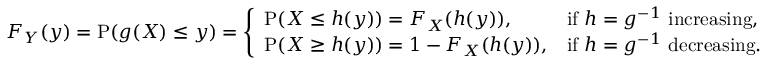
F _ { Y } ( y ) = \operatorname { P } ( g ( X ) \leq y ) = { \left\{ \begin{array} { l l } { \operatorname { P } ( X \leq h ( y ) ) = F _ { X } ( h ( y ) ) , } & { { \mathrm { i f ~ } } h = g ^ { - 1 } { \mathrm { ~ i n c r e a s i n g } } , } \\ { \operatorname { P } ( X \geq h ( y ) ) = 1 - F _ { X } ( h ( y ) ) , } & { { \mathrm { i f ~ } } h = g ^ { - 1 } { \mathrm { ~ d e c r e a s i n g } } . } \end{array} \right. }